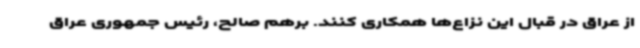
از عراق در قبال این نزاع‌ها همکاری کنند. برهم صالح، رئیس جمهوری عراق